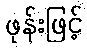
ဖုန်းဖြင့်